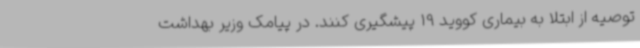
توصیه از ابتلا به بیماری کووید 19 پیشگیری کنند. در پیامک وزیر بهداشت